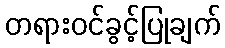
တရားဝင်ခွင့်ပြုချက်